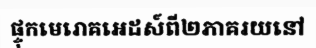
ផ្ទុកមេរោគអេដស៍ពី២ភាគរយនៅ